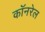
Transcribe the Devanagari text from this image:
कॉनरेल